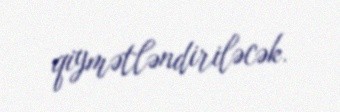
qiymətləndiriləcək.